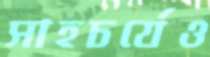
সাহচর্যেও